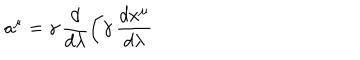
LaTeX: a ^ { \mu } = \gamma \, \frac { d } { d \lambda } \biggl ( \gamma \, \frac { d x ^ { \mu } } { d \lambda }